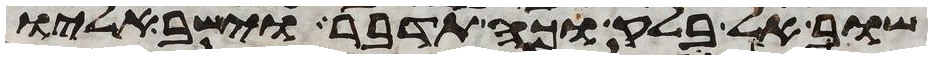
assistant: שוב אל בלק וכה תדבר וישב אליו